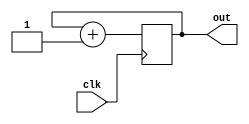
`timescale 1ns / 1ps
//////////////////////////////////////////////////////////////////////////////////
// Company: 
// Engineer: 
// 
// Design Name: 
// Module Name: counter3
// Project Name: 
// Target Devices: 
// Tool Versions: 
// Description: 
// 
// Dependencies: 
// 
// Revision:
// Revision 0.01 - File Created
// Additional Comments:
// 
//////////////////////////////////////////////////////////////////////////////////


module counter3(
    clk,out
    );
    input clk;
    output reg [2:0] out;
    initial out = 0;
    always @(posedge clk) begin
      out = out + 1;
    end
endmodule